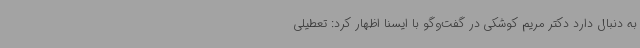
به دنبال دارد دکتر مریم کوشکی در گفت‌وگو با ایسنا اظهار کرد: تعطیلی